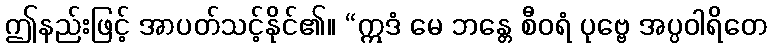
ဤနည်းဖြင့် အာပတ်သင့်နိုင်၏။ “ဣဒံ မေ ဘန္တေ စီဝရံ ပုဗ္ဗေ အပ္ပဝါရိတေ